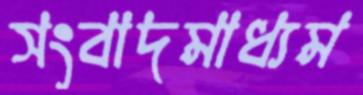
সংবাদমাধ্যম